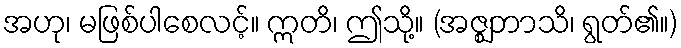
အဟု၊ မဖြစ်ပါစေလင့်။ ဣတိ၊ ဤသို့။ (အဇ္ဈဘာသိ၊ ရွတ်၏။)